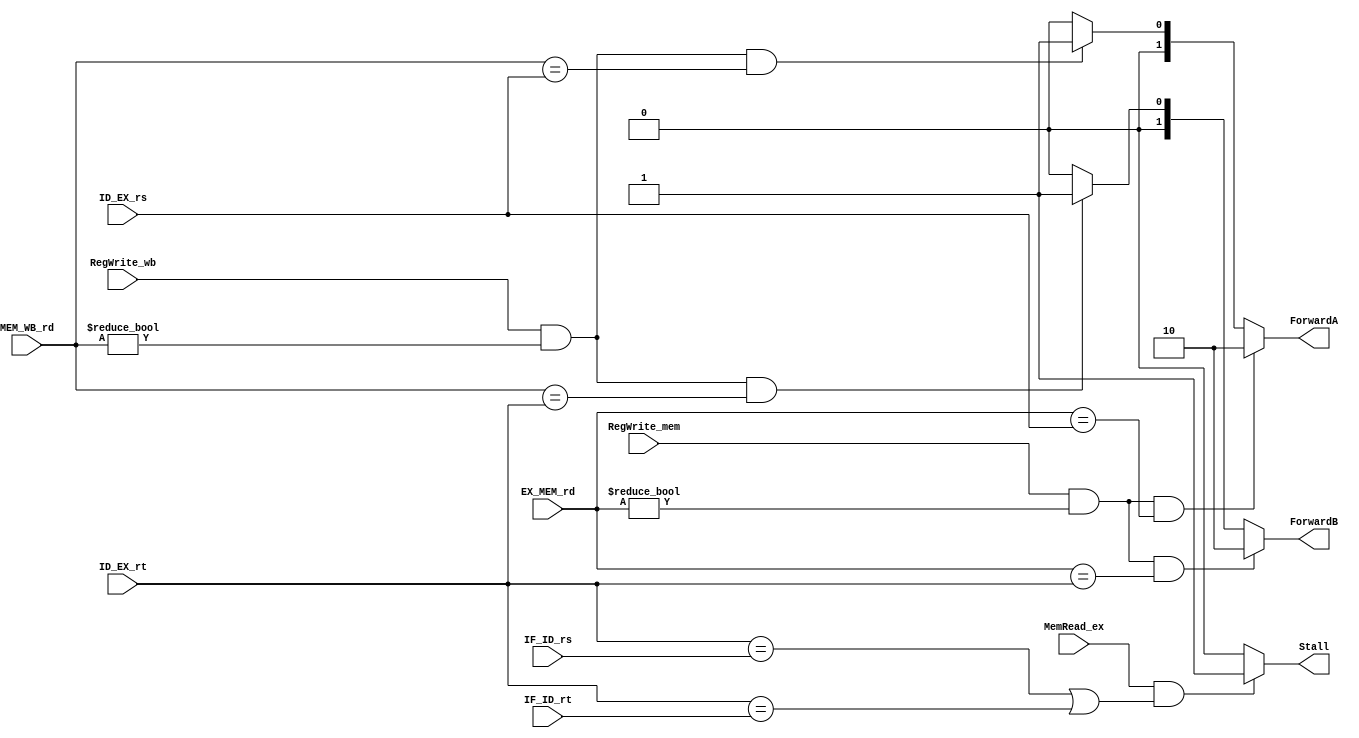
`timescale 1ns / 1ps
//////////////////////////////////////////////////////////////////////////////////
// Company: 
// Engineer: 
// 
// Design Name: 
// Module Name: Foward
// Project Name: 
// Target Devices: 
// Tool Versions: 
// Description: 
// 
// Dependencies: 
// 
// Revision:
// Revision 0.01 - File Created
// Additional Comments:
// 
//////////////////////////////////////////////////////////////////////////////////


module Hazard(
    input [4:0] ID_EX_rs,ID_EX_rt,EX_MEM_rd,MEM_WB_rd,IF_ID_rs,IF_ID_rt,
    input RegWrite_mem,RegWrite_wb,MemRead_ex,
    output reg Stall,
    output reg [1:0] ForwardA,ForwardB
    );
    always @ (*)
    begin
        Stall = 0;
        ForwardA = 2'b00;
        ForwardB = 2'b00;
        if (RegWrite_mem & EX_MEM_rd!=0 & EX_MEM_rd==ID_EX_rs)
            ForwardA = 2'b10;
        else if (RegWrite_wb & MEM_WB_rd!=0 & MEM_WB_rd==ID_EX_rs)
            ForwardA = 2'b01;
        if (RegWrite_mem & EX_MEM_rd!=0 & EX_MEM_rd==ID_EX_rt)
            ForwardB = 2'b10;
        else if (RegWrite_wb & MEM_WB_rd!=0 & MEM_WB_rd==ID_EX_rt)
            ForwardB = 2'b01;
        if (MemRead_ex & (ID_EX_rt==IF_ID_rs | ID_EX_rt==IF_ID_rt))
            Stall = 1;
    end
endmodule